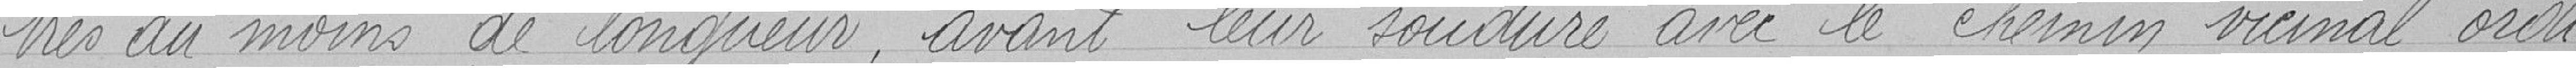
tres au moins de longueur, avant leur soudure avec le chemin vicinal ordi-